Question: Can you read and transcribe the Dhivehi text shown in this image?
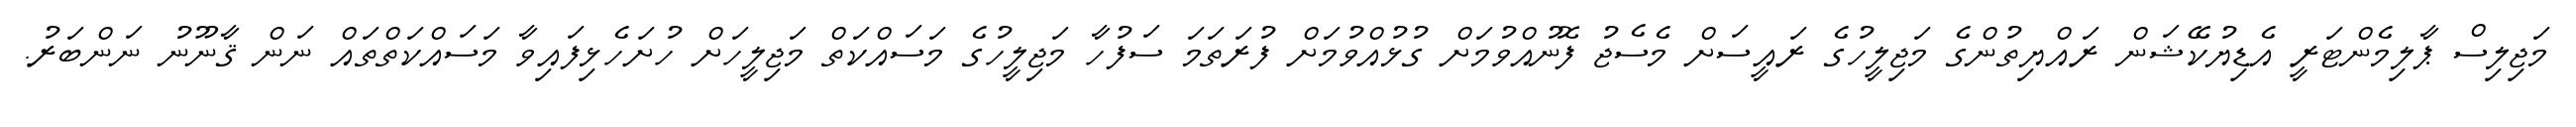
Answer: މަޖިލިސް ޕާލިމެންޓަރީ އެޑިޔުކޭޝަން ރައްޔިތުންގެ މަޖިލީހުގެ ރައީސަށް މެސެޖު ފޮނުއްވުމަށް ގުޅުއްވުމަށް ފުރަތަމަ ސަފުހާ މަޖިލީހުގެ މަސައްކަތް މަޖިލީހަށް ހުށަހެޅިފައިވާ މަސައްކަތްތައް ނަން ޤާނޫނު ނަންބަރު.